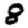
Digit: 8